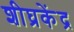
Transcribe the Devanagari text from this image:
शीघ्रकेंद्र